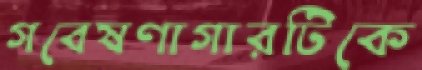
গবেষণাগারটিকে